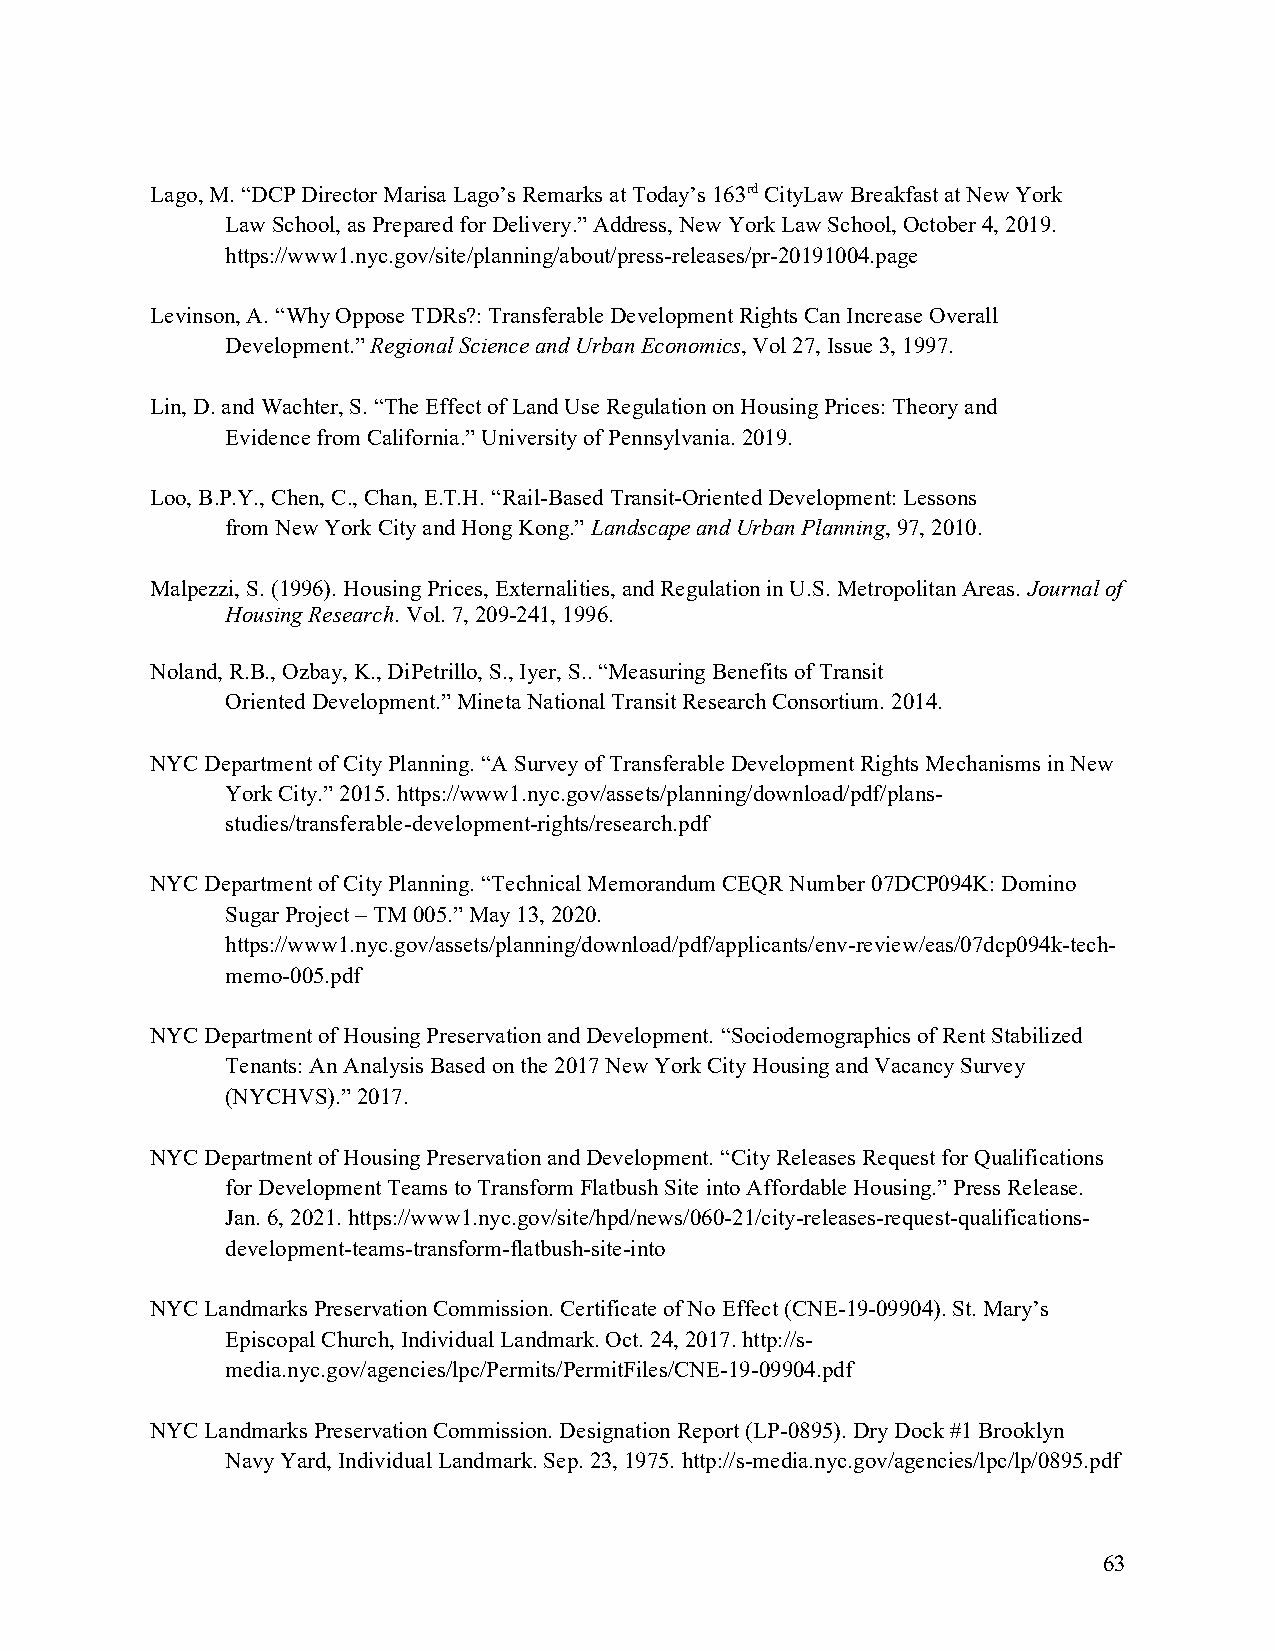
Lago, M. “DCP Director Marisa Lago’s Remarks at Today’s 163rd CityLaw Breakfast at New York
 Law School, as Prepared for Delivery.” Address, New York Law School, October 4, 2019.
 https://www1.nyc.gov/site/planning/about/press-releases/pr-20191004.page
 Levinson, A. “Why Oppose TDRs?: Transferable Development Rights Can Increase Overall
 Development.” Regional Science and Urban Economics, Vol 27, Issue 3, 1997.
 Lin, D. and Wachter, S. “The Effect of Land Use Regulation on Housing Prices: Theory and
 Evidence from California.” University of Pennsylvania. 2019.
 Loo, B.P.Y., Chen, C., Chan, E.T.H. “Rail-Based Transit-Oriented Development: Lessons
 from New York City and Hong Kong.” Landscape and Urban Planning, 97, 2010.
 Malpezzi, S. (1996). Housing Prices, Externalities, and Regulation in U.S. Metropolitan Areas. Journal of
 Housing Research. Vol. 7, 209-241, 1996.
 Noland, R.B., Ozbay, K., DiPetrillo, S., Iyer, S.. “Measuring Benefits of Transit
 Oriented Development.” Mineta National Transit Research Consortium. 2014.
 NYC Department of City Planning. “A Survey of Transferable Development Rights Mechanisms in New
 York City.” 2015. https://www1.nyc.gov/assets/planning/download/pdf/plans-
 studies/transferable-development-rights/research.pdf
 NYC Department of City Planning. “Technical Memorandum CEQR Number 07DCP094K: Domino
 Sugar Project – TM 005.” May 13, 2020.
 https://www1.nyc.gov/assets/planning/download/pdf/applicants/env-review/eas/07dcp094k-tech-
 memo-005.pdf
 NYC Department of Housing Preservation and Development. “Sociodemographics of Rent Stabilized
 Tenants: An Analysis Based on the 2017 New York City Housing and Vacancy Survey
 (NYCHVS).” 2017.
 NYC Department of Housing Preservation and Development. “City Releases Request for Qualifications
 for Development Teams to Transform Flatbush Site into Affordable Housing.” Press Release.
 Jan. 6, 2021. https://www1.nyc.gov/site/hpd/news/060-21/city-releases-request-qualifications-
 development-teams-transform-flatbush-site-into
 NYC Landmarks Preservation Commission. Certificate of No Effect (CNE-19-09904). St. Mary’s
 Episcopal Church, Individual Landmark. Oct. 24, 2017. http://s-
 media.nyc.gov/agencies/lpc/Permits/PermitFiles/CNE-19-09904.pdf
 NYC Landmarks Preservation Commission. Designation Report (LP-0895). Dry Dock #1 Brooklyn
 Navy Yard, Individual Landmark. Sep. 23, 1975. http://s-media.nyc.gov/agencies/lpc/lp/0895.pdf
 63